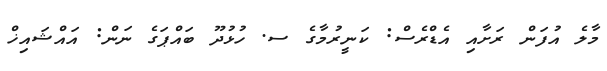
މާލެ އުފަން ރަށާއި އެޑްރެސް: ކަނީރުމާގެ ސ. ހުޅުދޫ ބައްޕަގެ ނަން: އައްޝައިޚް